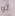
لو